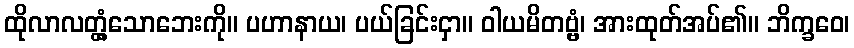
ထိုလာလတ္တံ့သောဘေးကို။ ပဟာနာယ၊ ပယ်ခြင်းငှာ။ ဝါယမိတဗ္ဗံ၊ အားထုတ်အပ်၏။ ဘိက္ခဝေ၊